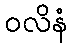
ဝလိနံ